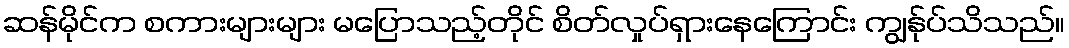
ဆန်မိုင်က စကားများများ မပြောသည့်တိုင် စိတ်လှုပ်ရှားနေကြောင်း ကျွန်ုပ်သိသည်။